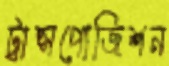
ট্রান্সপোজিশন